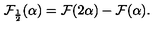
{ \cal F } _ { \frac { 1 } { 2 } } ( \alpha ) = { \cal F } ( 2 \alpha ) - { \cal F } ( \alpha ) .